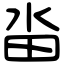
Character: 畓